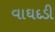
વાઘદડી